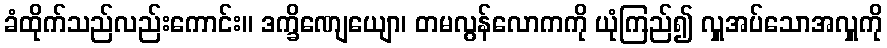
ခံထိုက်သည်လည်းကောင်း။ ဒက္ခိဏျေယျော၊ တမလွန်လောကကို ယုံကြည်၍ လှူအပ်သောအလှူကို